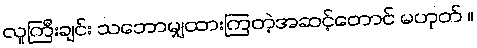
လူကြီးချင်း သဘောမျှထားကြတဲ့အဆင့်တောင် မဟုတ် ။